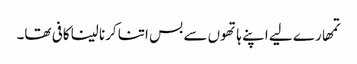
تمھارے لیے اپنے ہاتھوں سے بس اتنا کرنا لینا کافی تھا۔